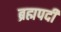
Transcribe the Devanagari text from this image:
ब्रह्मपदी